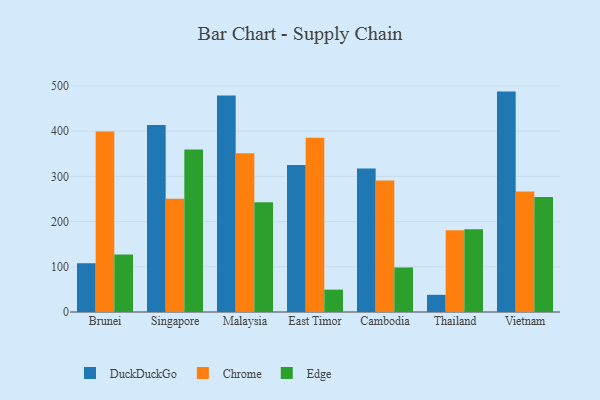
{"axis": {"x": "Country", "y": "Revenue (USD Million)"}, "legend": ["Chrome", "DuckDuckGo", "Edge"], "data": [{"x": "Brunei", "y": 107.9, "type": "DuckDuckGo"}, {"x": "Brunei", "y": 399.3, "type": "Chrome"}, {"x": "Brunei", "y": 127.3, "type": "Edge"}, {"x": "Singapore", "y": 413.5, "type": "DuckDuckGo"}, {"x": "Singapore", "y": 250.7, "type": "Chrome"}, {"x": "Singapore", "y": 359.6, "type": "Edge"}, {"x": "Malaysia", "y": 478.8, "type": "DuckDuckGo"}, {"x": "Malaysia", "y": 351.3, "type": "Chrome"}, {"x": "Malaysia", "y": 242.7, "type": "Edge"}, {"x": "East Timor", "y": 325.2, "type": "DuckDuckGo"}, {"x": "East Timor", "y": 385.2, "type": "Chrome"}, {"x": "East Timor", "y": 49.5, "type": "Edge"}, {"x": "Cambodia", "y": 317.6, "type": "DuckDuckGo"}, {"x": "Cambodia", "y": 290.9, "type": "Chrome"}, {"x": "Cambodia", "y": 98.5, "type": "Edge"}, {"x": "Thailand", "y": 38.0, "type": "DuckDuckGo"}, {"x": "Thailand", "y": 180.8, "type": "Chrome"}, {"x": "Thailand", "y": 182.8, "type": "Edge"}, {"x": "Vietnam", "y": 487.5, "type": "DuckDuckGo"}, {"x": "Vietnam", "y": 266.5, "type": "Chrome"}, {"x": "Vietnam", "y": 254.2, "type": "Edge"}]}